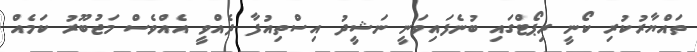
ތައްޔާރުކުރި ކޯނީ ރިޕޯޓްގައި ބުނެފައިވަނީ ނަޝީދު އިސްތިއުފާ ދެއްވީ އެއްވެސް މަޖުބޫރު ކަމެއް